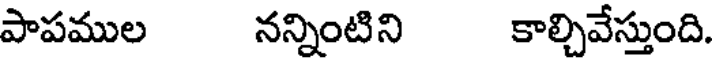
పాపముల నన్నింటిని కాల్చివేస్తుంది.